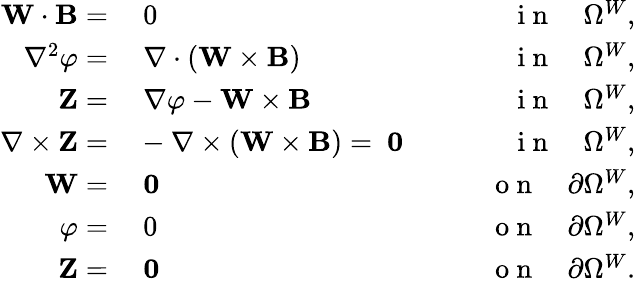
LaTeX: \begin{array}{rlr}{\mathbf{W}\cdot{\mathbf B}=}&{{}~0}&{\qquad\mathrm{~i~n~}\quad\Omega^{W},}\\ {\nabla^{2}{\varphi}=}&{{}~\nabla\cdot\left(\mathbf{W}\times{\mathbf B}\right)}&{\qquad\mathrm{~i~n~}\quad\Omega^{W},}\\ {\mathbf{Z}=}&{{}~\nabla\varphi-\mathbf{W}\times{\mathbf B}}&{\qquad\mathrm{~i~n~}\quad\Omega^{W},}\\ {\nabla\times\mathbf{Z}=}&{{}-\nabla\times(\mathbf{W}\times{\mathbf B})=~\mathbf{0}}&{\qquad\mathrm{~i~n~}\quad\Omega^{W},}\\ {\mathbf{W}=}&{{}~\mathbf{0}}&{\qquad\mathrm{~o~n~}\quad\partial\Omega^{W},}\\ {\varphi=}&{{}~0}&{\qquad\mathrm{~o~n~}\quad\partial\Omega^{W},}\\ {\mathbf{Z}=}&{{}~\mathbf{0}}&{\qquad\mathrm{~o~n~}\quad\partial\Omega^{W}.}\end{array}